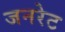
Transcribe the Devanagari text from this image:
जनरेट